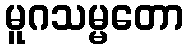
မူဂသမ္မတော